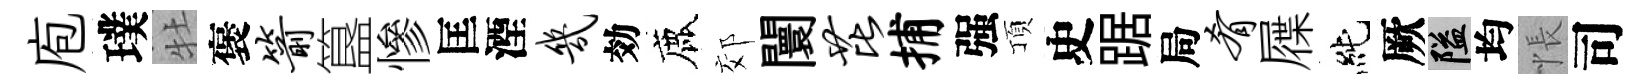
庖璞牡褒箭簋慘匡湮几効鹿郊闤芘捕强頂史踞局肴屧純厥隘均悵司